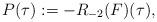
LaTeX: \begin{align*}P(\tau):=-R_{-2}(F)(\tau),\end{align*}